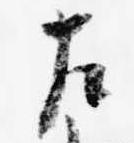
左